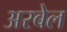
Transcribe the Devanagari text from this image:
अरबेल